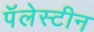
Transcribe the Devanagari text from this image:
पॅलेस्टीन